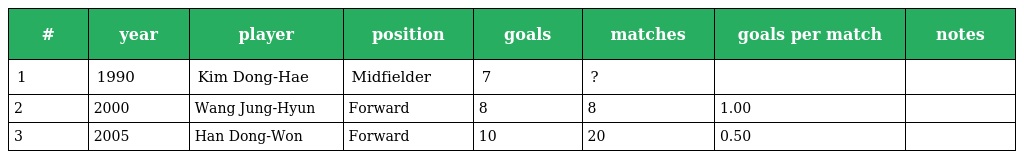
| # | year | player | position | goals | matches | goals per match | notes |
 | --- | --- | --- | --- | --- | --- | --- | --- |
 | 1 | 1990 | Kim Dong-Hae | Midfielder | 7 | ? |  |  |
 | 2 | 2000 | Wang Jung-Hyun | Forward | 8 | 8 | 1.00 |  |
 | 3 | 2005 | Han Dong-Won | Forward | 10 | 20 | 0.50 |  |